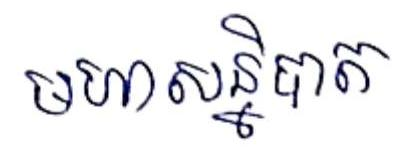
មហាសន្និបាទ